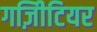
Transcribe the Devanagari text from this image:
गज़िीटियर